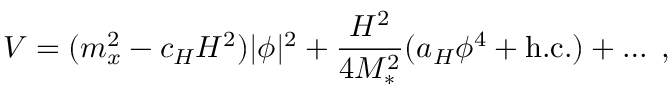
V = ( m _ { x } ^ { 2 } - c _ { H } H ^ { 2 } ) | \phi | ^ { 2 } + \frac { H ^ { 2 } } { 4 M _ { * } ^ { 2 } } ( a _ { H } \phi ^ { 4 } + \mathrm { h . c . } ) + \ldots \; ,